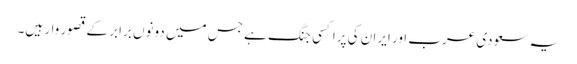
یہ سعودی عرب اور ایران کی پراکسی جنگ ہے جس میں دونوں برابر کے قصور وار ہیں۔